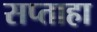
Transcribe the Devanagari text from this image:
सप्ताहा